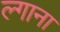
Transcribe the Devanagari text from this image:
ल्गाना